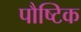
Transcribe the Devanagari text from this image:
पौष्‍िटक